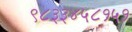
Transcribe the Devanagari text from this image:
९८३३४५८१५१